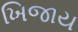
ખિજાય